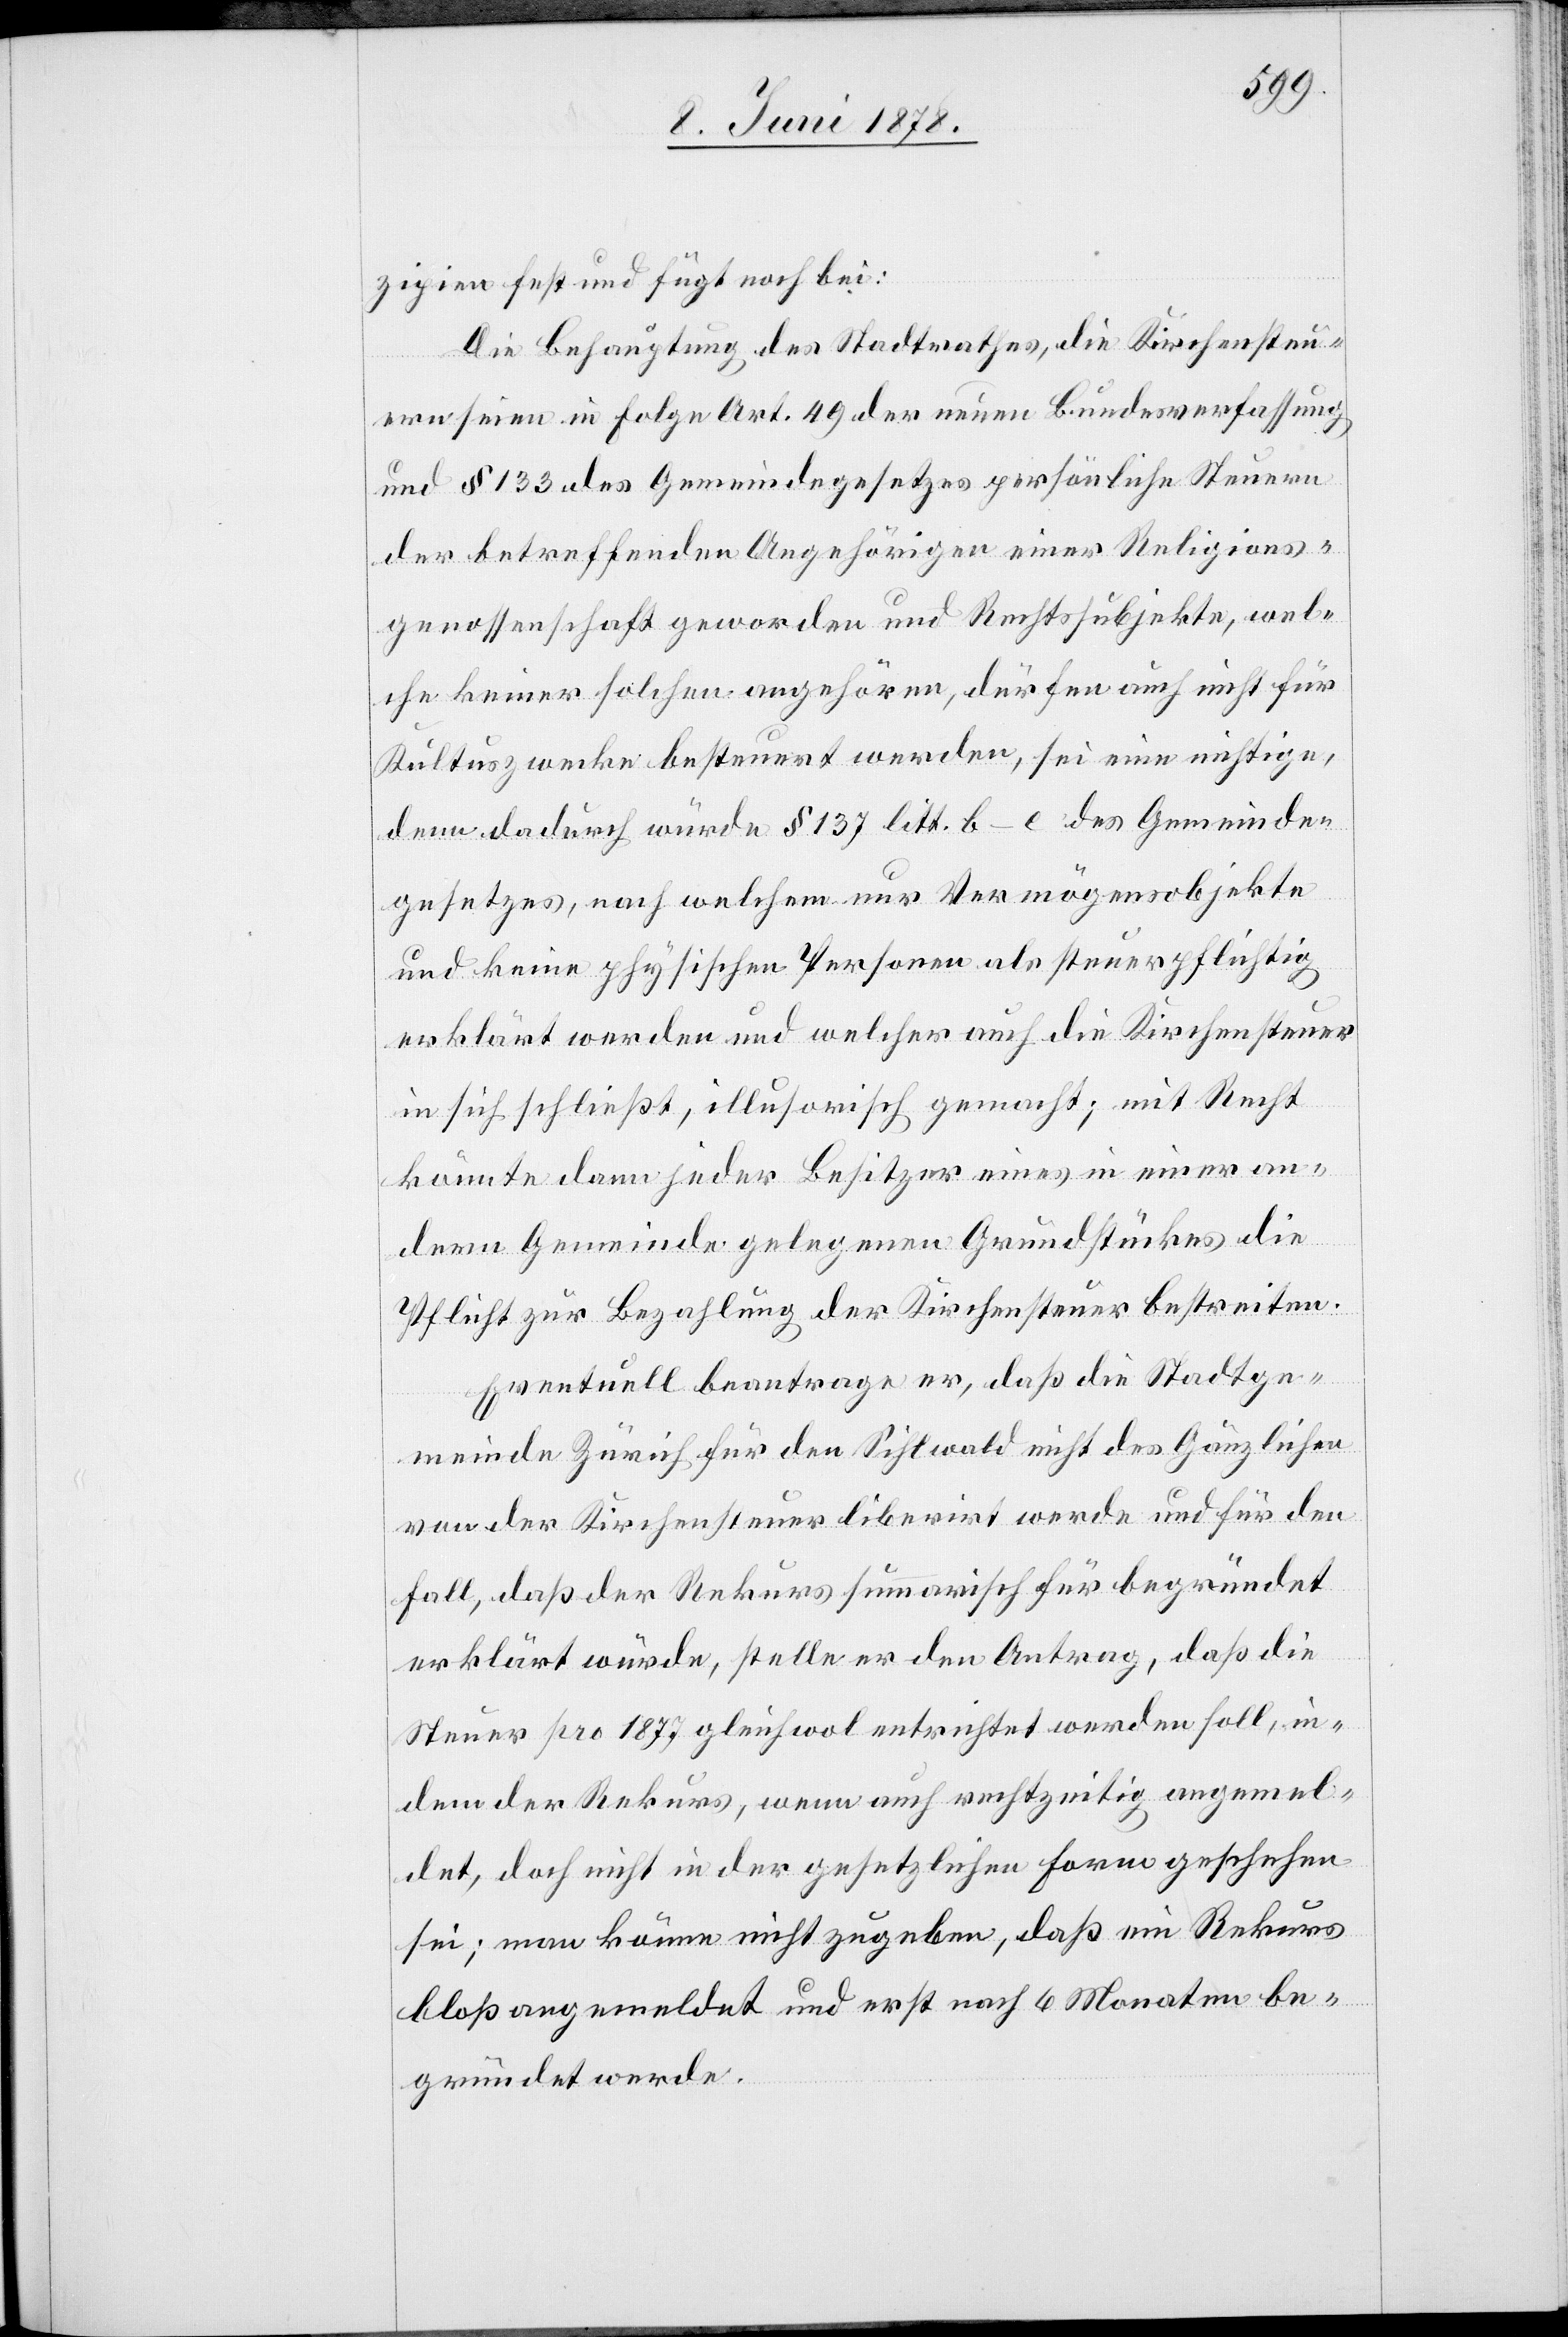
zipien fest und fügt noch bei:
Die Behauptung des Stadtrathes, die Kirchensteu¬
ern seien in Folge Art. 49 der neuen Bundesverfassung
und § 133 des Gemeindegesetzes persönliche Steuern
der betreffenden Angehörigen einer Religions¬
genossenschaft geworden und Rechtssubjekte, wel¬
che keiner solchen angehören, dürfen auch nicht für
Kultuszwecke besteuert werden, sei eine nichtige,
denn dadurch würde § 137 litt. b–e des Gemeinde¬
gesetzes, nach welchen nur Vermögensobjekte
und keine physischen Personen als steuerpflichtig
erklärt werden und welcher auch die Kirchensteuer
in sich schließt, illusorisch gemacht; mit Recht
könnte dann jeder Besitzer eines in einer an¬
dern Gemeinde gelegenen Grundstückes die
Pflicht zur Bezahlung der Kirchensteuer bestreiten.
Eventuell beantrage er, daß die Stadtge¬
meinde Zürich für den Sihlwald nicht des Gänzlichen
von der Kirchensteuer liberirt werde und für den
Fall, daß der Rekurs summarisch für begründet
erklärt würde, stelle er den Antrag, daß die
Steuer pro 1877 gleichwol entrichtet werden soll, in¬
dem der Rekurs, wenn auch rechtzeitig angemel¬
det, doch nicht in der gesetzlichen Form geschehen
sei; man könne nicht zugeben, daß ein Rekurs
bloß angemeldet und erst nach 6 Monaten be¬
gründet werde.